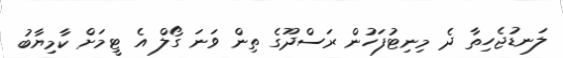
ލަނޑުޖެހިތާ ދެ މިނިޓުފަހުން ރަސްދޫގެ ތިން ވަނަ ގޯލް އެ ޓީމަށް ކާމިޔާބު